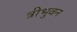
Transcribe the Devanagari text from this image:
त्रीभुवन